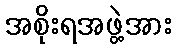
အစိုးရအဖွဲ့အား